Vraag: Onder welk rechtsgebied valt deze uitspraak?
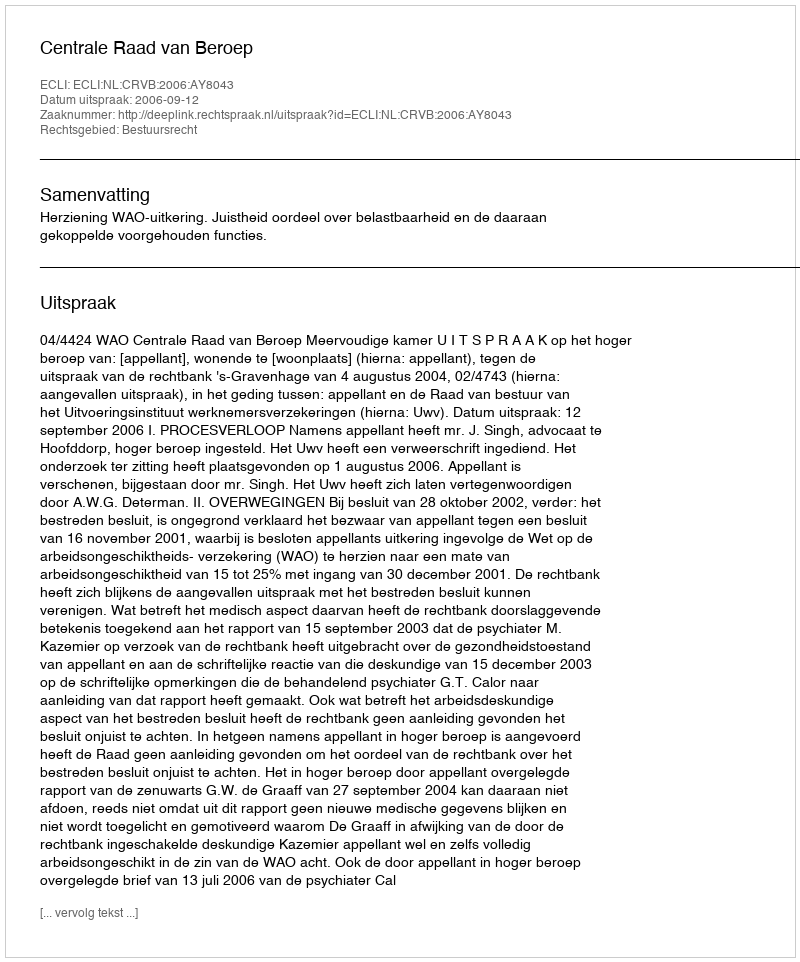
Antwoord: Bestuursrecht